Lunatic asylums Madras 1877-1891 - 1877-1891
Year: 1877
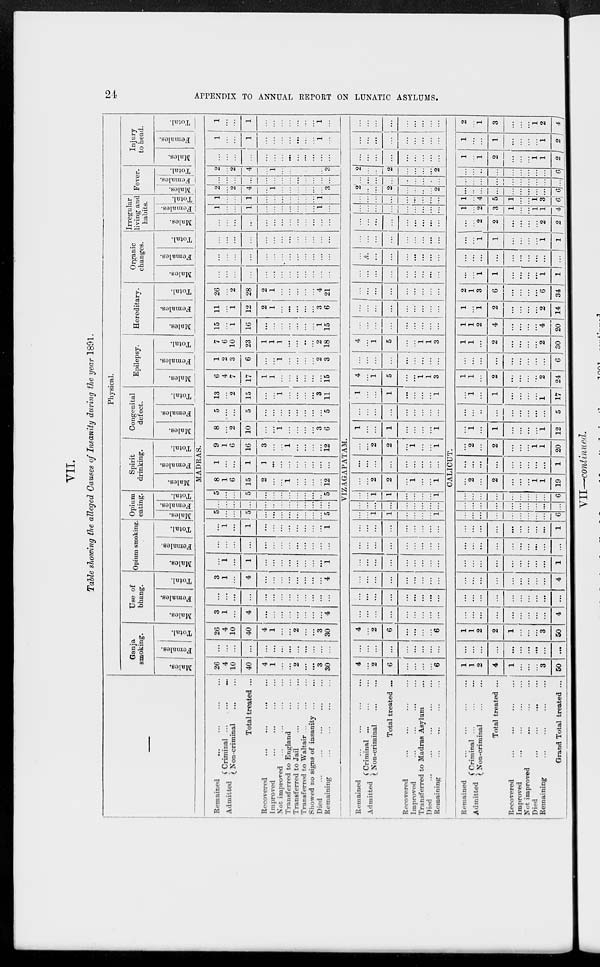
24
APPENDIX TO ANNUAL REPORT ON LUNATIC ASYLUMS.
VII.
Table showing the alleged Causes of Insanity during the year 1891.
—
Physical.
Ganja
smoking.
Males.
Females.
Total.
Use of
bhang.
Males.
Females.
Total.
Opium smoking.
Males.
Females.
Total.
Opium
eating.
Males.
Females.
Total.
Spirit
drinking.
Males.
Females.
Total.
Congenital
defect.
Males.
Females.
Total.
Epilepsy.
Males.
Females.
Total.
Hereditary.
Males.
Females.
Total.
Organic
changes.
Males.
Females.
Total.
Irregular
living and
habits.
Males.
Females.
Total.
Fever.
Males.
Females.
Total.
Injury
to head.
Males.
Females.
Total.
MADRAS.
Remained
...
...
...
...
Admitted
Criminal ... ... ...
Non-criminal
...
...
Total treated ...
Recovered
...
...
...
...
Improved
...
...
...
...
Not improved
...
...
...
...
Transferred to England
...
...
Transferred to Jail ... ... ...
Transferred to Waltair ...
...
...
Showed no signs of insanity
...
...
Died ... ... ... ... ...
Remaining
...
...
...
...
26
4
10
40
4
1
...
...
2
...
...
3
30
...
...
...
...
...
...
...
...
...
...
...
...
...
26
4
10
40
4
1
...
...
2
...
...
3
30
3
1
...
4
...
...
...
...
...
...
...
...
4
...
...
...
...
...
...
...
...
...
...
...
...
...
3
1
...
4
...
...
...
...
...
...
...
...
4
...
1
...
1
...
...
...
...
...
...
...
...
1
...
...
...
...
...
...
...
...
...
...
...
...
...
...
1
...
1
...
...
...
...
...
...
...
...
1
5
...
...
5
...
...
...
...
...
...
...
...
5
...
...
...
...
...
...
...
...
...
...
...
...
...
5
...
...
5
...
...
...
...
...
...
...
...
5
8
1
6
15
2
...
...
1
...
...
...
...
12
1
...
...
1
1
...
...
...
...
...
...
...
...
9
1
6
16
3
...
...
1
...
...
...
...
12
8
...
2
10
...
...
1
...
...
...
...
3
6
5
...
...
5
...
...
...
...
...
...
...
...
5
13
...
2
15
...
...
1
...
...
...
...
3
11
6
4
7
17
1
1
...
...
...
...
...
...
15
1
2
3
6
...
...
1
...
...
...
...
2
3
7
6
10
23
1
1
1
...
...
...
...
2
18
15
...
1
16
...
...
...
...
...
...
...
1
15
11
...
1
12
2
1
...
...
...
...
...
3
6
26
...
2
28
2
1
...
...
...
...
...
4
21
...
...
...
...
...
...
...
...
...
...
...
...
...
...
...
...
...
...
...
...
...
...
...
...
...
...
...
...
...
...
...
...
...
...
...
...
...
...
...
...
...
...
...
...
...
...
...
...
...
...
...
...
1
...
...
1
...
...
...
...
...
...
...
1
...
1
...
1
...
...
...
...
...
...
...
1
...
2
...
2
4
...
1
...
...
...
...
...
...
3
...
...
...
...
...
...
...
...
...
...
...
...
...
2
...
2
4
...
1
...
...
...
...
...
...
3
...
...
...
...
...
...
...
...
...
...
...
...
...
1
...
...
1
...
...
...
...
...
...
...
1
...
1
...
...
1
...
...
...
...
...
...
...
1
...
VIZAGAPATAM.
Remained ... ... ... ...
Admitted
Criminal ... ... ...
Non-criminal ... ...
Total treated ...
Recovered ... ... ... ...
Improved
...
...
...
...
Transferred to Madras Asylum ...
Died ... ... ... ... ...
Remaining
...
...
...
...
4
...
2
6
...
...
...
...
6
...
...
...
...
...
...
...
...
...
4
...
2
6
...
...
...
...
6
...
...
...
...
...
...
...
...
...
...
...
...
...
...
...
...
...
...
...
...
...
...
...
...
...
...
...
...
...
...
...
...
...
...
...
...
...
...
...
...
...
...
...
...
...
...
...
...
...
...
...
...
...
...
...
...
1
1
...
...
...
...
1
...
...
...
...
...
...
...
...
...
...
...
1
1
...
...
...
...
1
...
...
2
2
...
1
...
...
1
...
...
...
...
...
...
...
...
...
...
...
2
2
...
1
...
...
1
1
...
...
1
...
...
...
...
1
...
...
...
...
...
...
...
...
...
1
...
...
1
...
...
...
...
1
4
...
1
5
...
...
1
1
3
...
...
...
...
...
...
...
...
...
4
...
1
5
...
...
1
1
3
...
...
...
...
...
...
...
...
...
...
...
...
...
...
...
...
...
...
...
...
...
...
...
...
...
...
...
...
...
...
...
...
...
...
...
...
...
...
...
...
...
...
...
...
...
...
...
...
...
...
...
...
...
...
...
...
...
...
...
...
...
...
...
...
...
...
...
...
...
...
...
...
...
...
...
...
...
...
...
...
...
2
...
...
2
...
...
...
...
2
...
...
...
...
...
...
...
...
...
2
...
...
2
...
...
...
...
2
...
...
...
...
...
...
...
...
...
...
...
...
...
...
...
...
...
...
...
...
...
...
...
...
...
...
...
CALICUT.
Remained ... ... ... ...
Admitted
Criminal ...
...
...
Non-criminal
...
...
Total treated ...
Recovered ... ... ... ...
Improved
...
...
...
...
Not improved
...
...
...
Died ... ... ... ...
Remaining
...
...
...
...
Grand Total treated ...
1
1
2
4
1
...
...
...
3
50
...
...
...
...
...
...
...
...
...
...
1
1
2
2
1
...
...
...
3
50
...
...
...
...
...
...
...
...
...
4
...
...
...
...
...
...
...
...
...
...
...
...
...
...
...
...
...
...
...
4
...
...
...
...
...
...
...
...
...
1
...
...
...
...
...
...
...
...
...
...
...
...
...
...
...
...
...
...
...
1
...
...
...
...
...
...
...
...
...
6
...
...
...
...
...
...
...
...
...
...
...
...
...
...
...
...
...
...
...
6
...
2
...
2
...
...
...
1
1
19
...
...
...
...
...
...
...
...
...
1
...
2
...
2
...
...
...
1
1
20
...
1
...
1
...
...
...
...
1
12
...
...
...
...
...
...
...
...
...
5
...
1
...
1
...
...
...
...
1
17
1
1
...
2
...
...
...
...
2
24
...
...
...
...
...
...
...
...
...
6
1
1
...
2
...
...
...
...
2
30
1
1
2
4
...
...
...
...
4
20
1
...
1
2
...
...
...
...
2
14
2
1
3
6
...
...
...
...
6
34
...
...
1
1
...
...
...
...
1
1
...
...
...
...
...
...
...
...
...
...
...
...
1
1
...
...
...
...
1
1
...
...
2
2
...
...
...
...
2
2
1
...
2
3
1
...
...
1
1
4
1
...
4
5
1
...
...
1
3
6
...
...
...
...
...
...
...
...
...
6
...
...
...
...
...
...
...
...
...
...
...
...
...
...
...
...
...
...
...
6
1
...
1
2
...
...
...
1
1
2
1
...
...
1
...
...
...
...
1
2
2
...
1
3
...
...
...
1
2
4